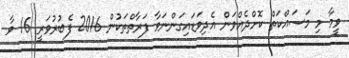
ވީމާ މި މަސައްކަތް ކޮށްދެއްވަން އެދިވަޑައިގަންނަވާ ފަރާތްތަކުން 2016 ފެބުރުވަރީީ 16 ވާ